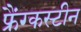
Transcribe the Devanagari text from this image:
फ्रैंग्कस्टीन